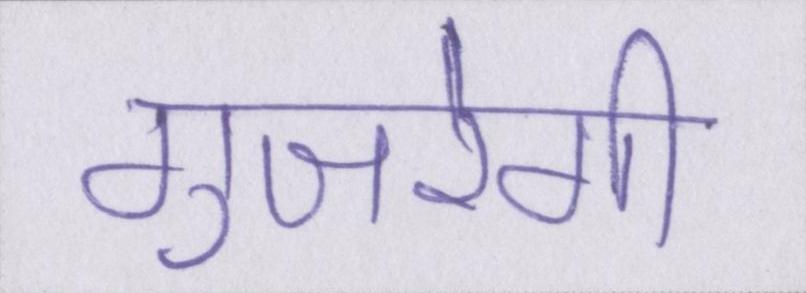
गुजरेगी